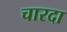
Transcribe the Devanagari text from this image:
चारदा